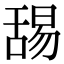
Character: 舓